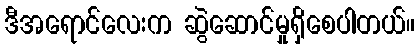
ဒီအရောင်လေးက ဆွဲဆောင်မှုရှိစေပါတယ်။